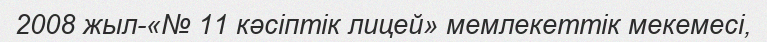
2008 жыл-«№ 11 кәсіптік лицей» мемлекеттік мекемесі,